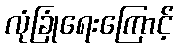
လုံခြုံရေးကြောင့်